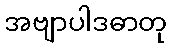
အဗျာပါဒဓာတု